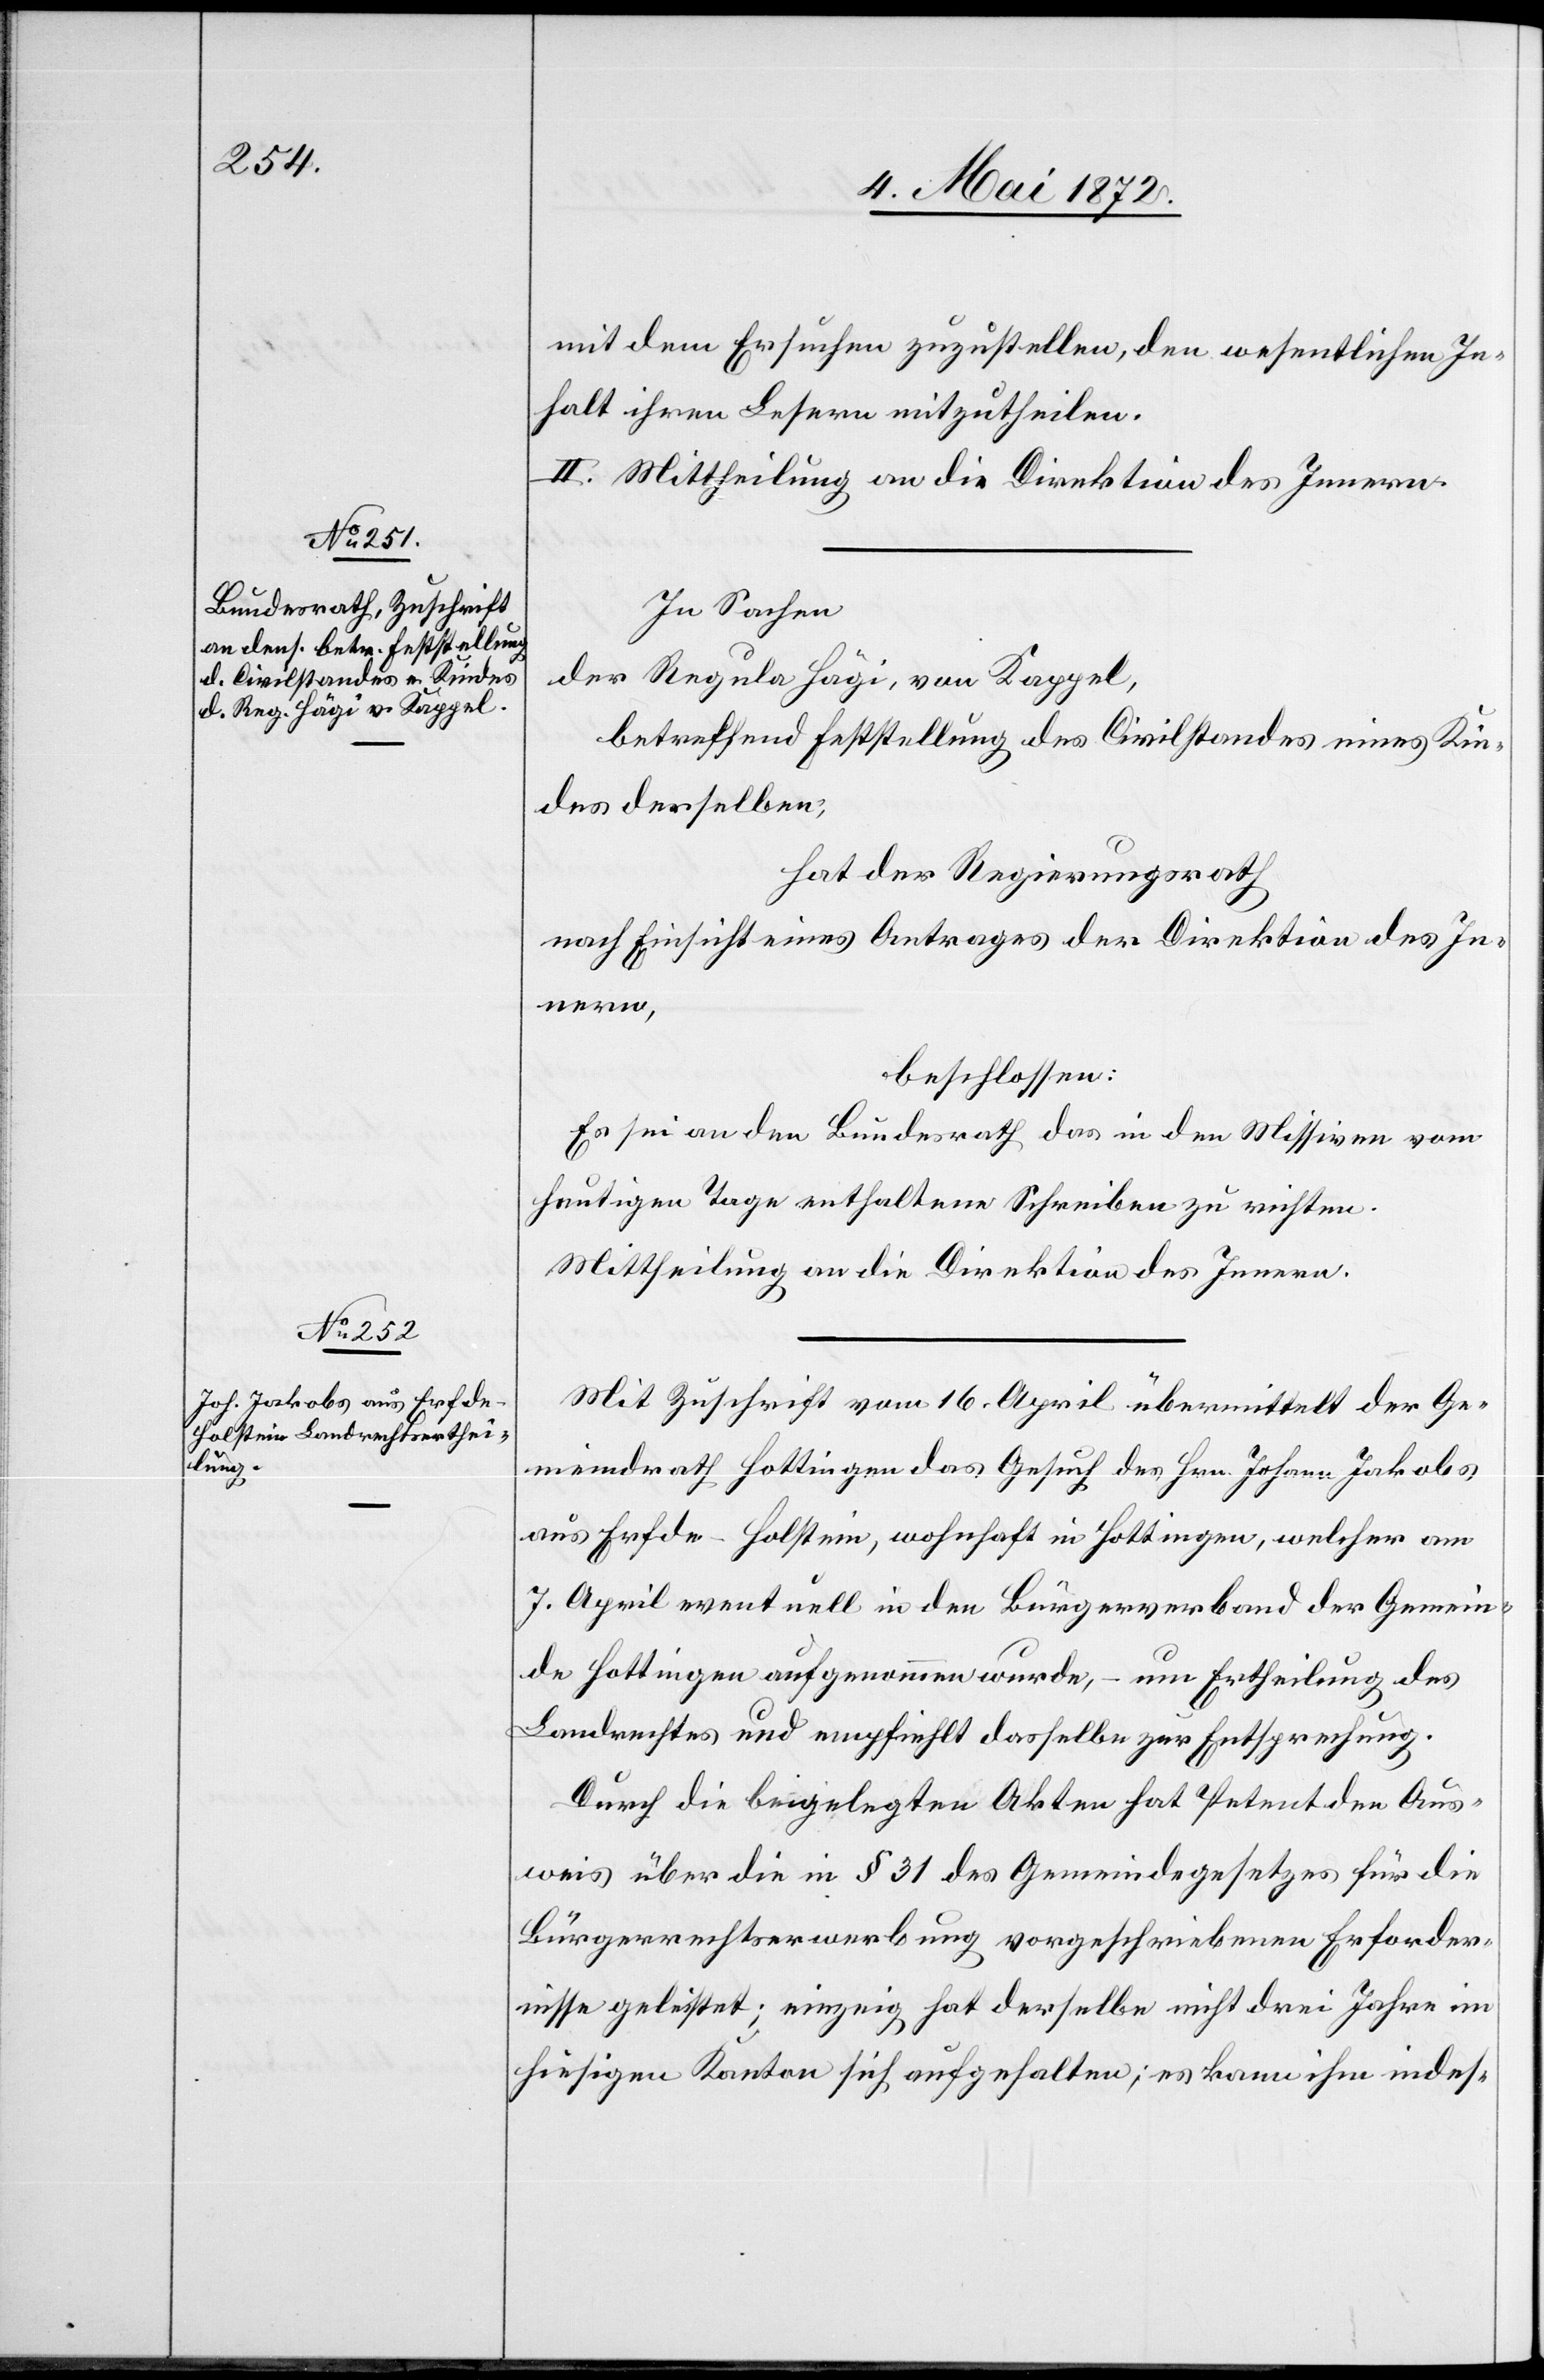
mit dem Ersuchen zuzustellen, den wesentlichen In¬
halt ihren Lesern mitzutheilen.
II. Mittheilung an die Direktion des Innern.
In Sachen
der Regula Hägi, von Kappel,
betreffend Feststellung des Civilstandes eines Kin¬
des derselben,
hat der Regierungsrath
nach Einsicht eines Antrages der Direktion des In¬
nern,
beschlossen:
Es sei an den Bundesrath das in den Missiven vom
heutigen Tage enthaltene Schreiben zu richten.
Mittheilung an die Direktion des Innern.
Mit Zuschrift vom 16. April übermittelt der Ge¬
meindrath Hottingen das Gesuch des Hrn. Johann Jakobs
aus Erfde - Holstein, wohnhaft in Hottingen, welcher am
7. April eventuell in den Bürgerverband der Gemein¬
de Hottingen aufgenommen wurde, – um Ertheilung des
Landrechtes und empfiehlt dasselbe zur Entsprechung.
Durch die beigelegten Akten hat Petent den Aus¬
weis über die in § 31 des Gemeindegesetzes für die
Bürgerrechtserwerbung vorgeschriebenen Erforder¬
nisse geleistet; einzig hat derselbe nicht drei Jahre im
hiesigen Kanton sich aufgehalten; es kann ihm indes-